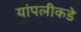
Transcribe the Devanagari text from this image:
यांपलीकडे